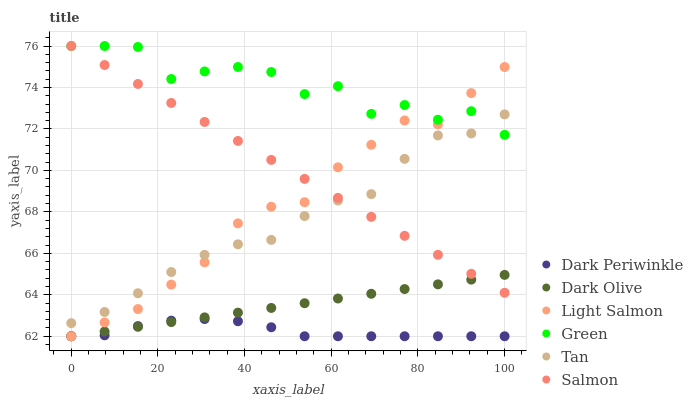
| xaxis_label | Dark Periwinkle | Dark Olive | Light Salmon | Green | Tan | Salmon |
 | --- | --- | --- | --- | --- | --- | --- |
 | 0 | 62 | 62 | 62 | 76 | 62.6 | 76 |
 | 7.69 | 62 | 62.2 | 62.7 | 76 | 63.2 | 75.1 |
 | 15.4 | 62.5 | 62.5 | 63.3 | 76 | 64.1 | 74.2 |
 | 23.1 | 62.8 | 62.7 | 64.5 | 74.4 | 65.1 | 73.3 |
 | 30.8 | 62.8 | 62.9 | 65.6 | 74.8 | 65.9 | 72.3 |
 | 38.5 | 62.7 | 63.1 | 67.4 | 75 | 66.4 | 71.4 |
 | 46.2 | 62.4 | 63.4 | 68.2 | 74.7 | 66.6 | 70.5 |
 | 53.8 | 62 | 63.6 | 68.5 | 73.7 | 67.8 | 69.6 |
 | 61.5 | 62 | 63.8 | 70.1 | 74.1 | 68.5 | 68.7 |
 | 69.2 | 62 | 64 | 71.2 | 72.7 | 68.9 | 67.8 |
 | 76.9 | 62 | 64.3 | 72.4 | 73.2 | 70.6 | 66.8 |
 | 84.6 | 62 | 64.5 | 72.2 | 72.4 | 71.7 | 65.9 |
 | 92.3 | 62 | 64.7 | 73.7 | 72.9 | 71.8 | 65 |
 | 100 | 62 | 65 | 75 | 71.7 | 72.7 | 64.1 |